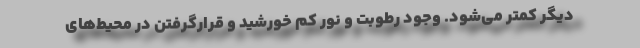
دیگر کمتر می‌شود. وجود رطوبت و نور کم خورشید و قرارگرفتن در محیط‌های